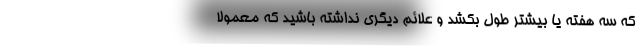
که سه هفته یا بیشتر طول بکشد و علائم دیگری نداشته باشید که معمولاً